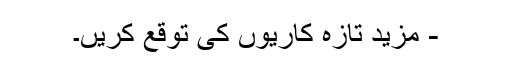
- مزید تازہ کاریوں کی توقع کریں۔